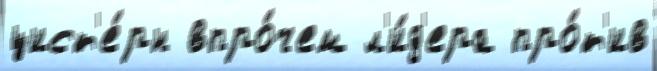
цист'е́рн впро́чем л'и́д'ера про́т'ив